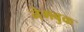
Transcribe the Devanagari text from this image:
नेमबुक